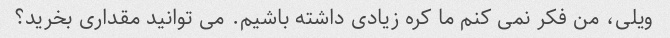
ویلی، من فکر نمی کنم ما کره زیادی داشته باشیم. می توانید مقداری بخرید؟